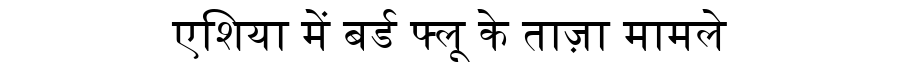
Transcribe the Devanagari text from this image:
एशिया में बर्ड फ्लू के ताज़ा मामले